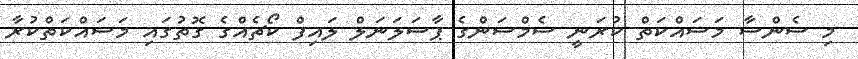
މި ސެންސާ މަސައްކަތް ކުރަނީ ސެމްސަންގެ ޕާސަލަނަލް ލައިފް ކޯޗެއްގެ ގޮތުގައި މަސައްކަތްކުރާ